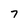
Character: 7